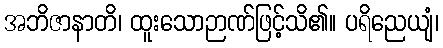
အဘိဇာနာတိ၊ ထူးသောဉာဏ်ဖြင့်သိ၏။ ပရိညေယျံ၊